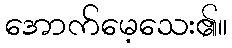
အောက်မေ့သေး၏။